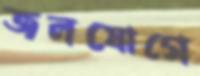
জলযোগে